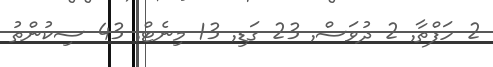
2 ހަފްތާ